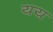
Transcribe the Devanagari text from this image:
यय